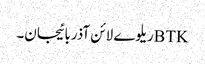
BTKریلوے لائن آذربائیجان۔